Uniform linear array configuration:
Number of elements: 24
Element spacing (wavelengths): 1
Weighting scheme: hamming
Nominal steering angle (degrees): -15
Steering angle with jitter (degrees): -14.898
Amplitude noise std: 0.05
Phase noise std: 0.05

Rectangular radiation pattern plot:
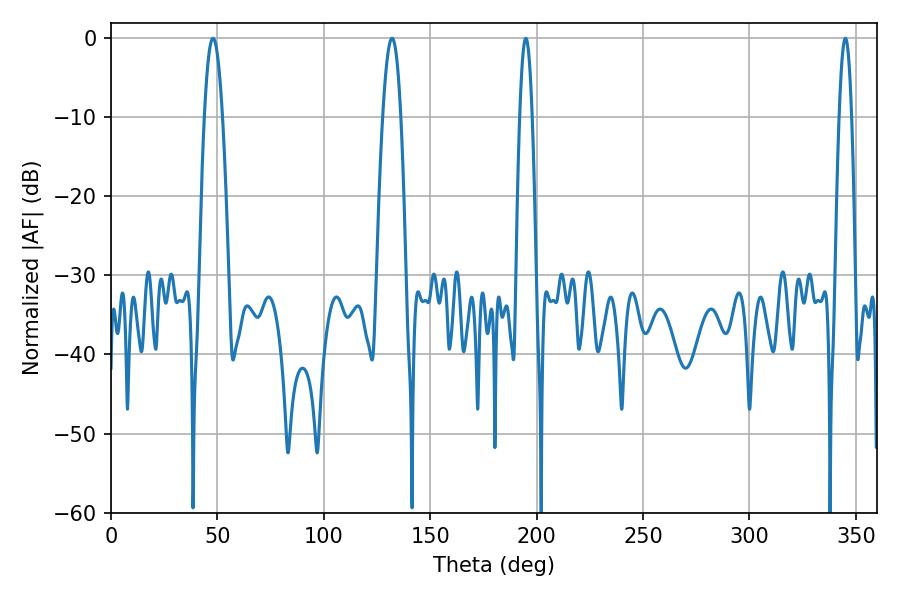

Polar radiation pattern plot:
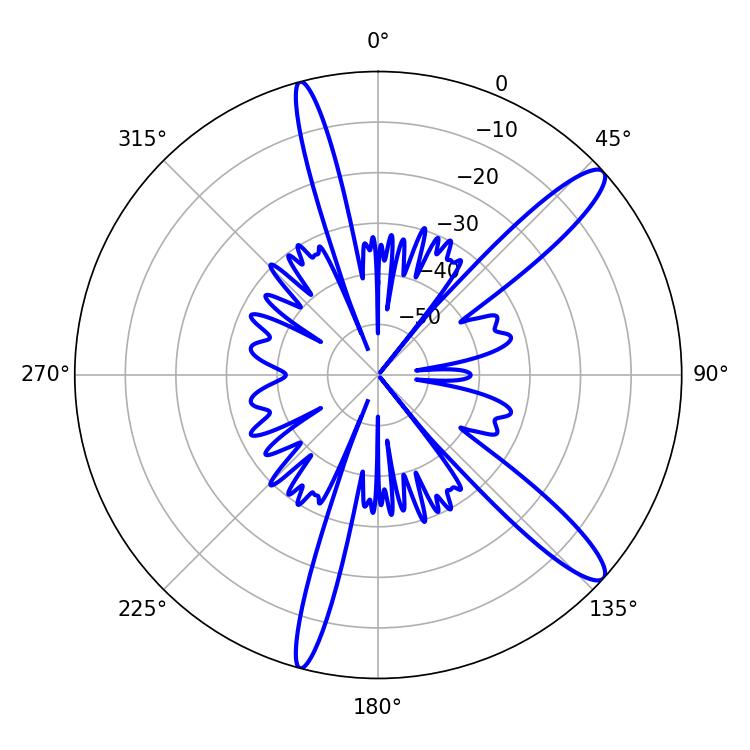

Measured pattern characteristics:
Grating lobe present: TRUE
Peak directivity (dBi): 13.022
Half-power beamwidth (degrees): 3.24
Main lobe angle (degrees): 194.94